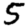
Digit: 5